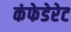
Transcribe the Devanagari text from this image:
कंफेडेरेट